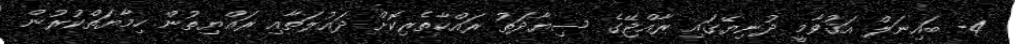
4- ބައިނަލް އަޤުވާމީ ދުނިޔޭގައި ރާއްޖޭގެ ސިޔާދަތު ރައްކާތެރިކޮށް ދައުލަތާއި ރައްޔިތުން ހިމާޔަތްކުރުން